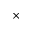
\times